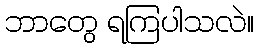
ဘာတွေ ရကြပါသလဲ။